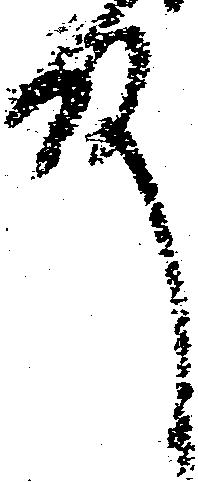
殿